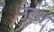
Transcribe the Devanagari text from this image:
उल्थ